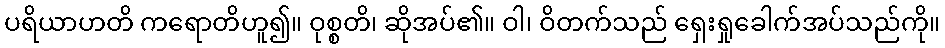
ပရိယာဟတိ ကရောတိဟူ၍။ ဝုစ္စတိ၊ ဆိုအပ်၏။ ဝါ၊ ဝိတက်သည် ရှေးရှုခေါက်အပ်သည်ကို။